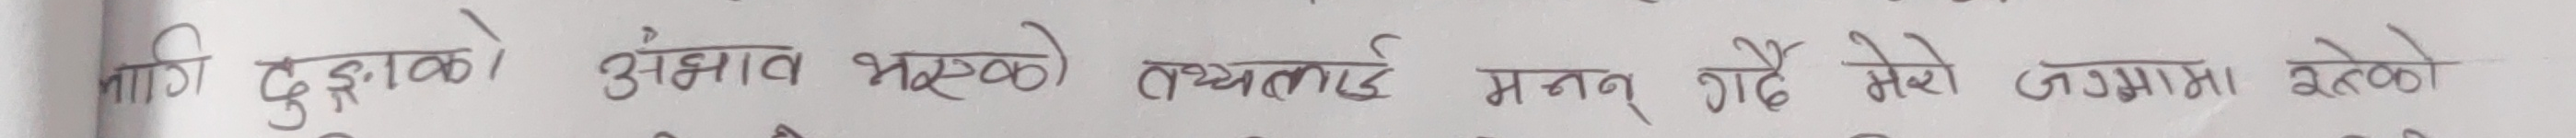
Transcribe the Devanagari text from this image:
लागि दुःखको अभाव भएको तथ्यलाई मनन गर्दै मेरो जग्गमा रहेको